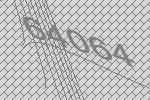
64064